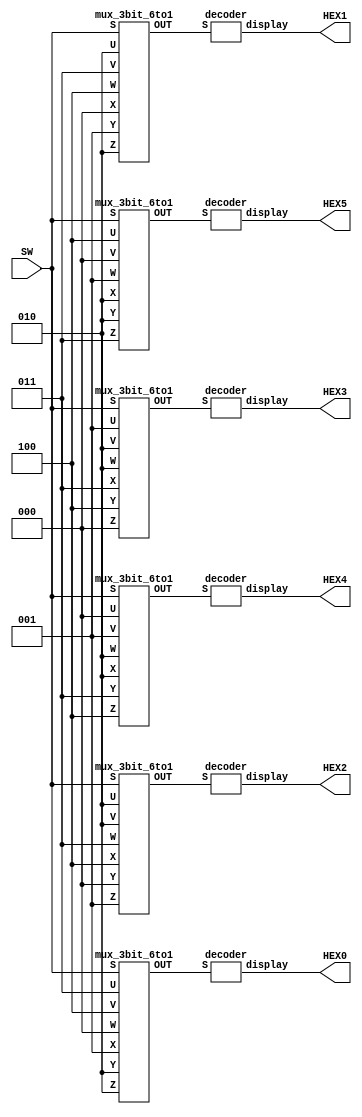
module lab2_5(HEX0, HEX1, HEX2, HEX3, HEX4, HEX5, SW);
	output[6:0] HEX0, HEX1, HEX2, HEX3, HEX4, HEX5;
	input [2:0] SW;
	wire[2:0] h0, h1, h2, h3, h4, h5;
	
	mux_3bit_6to1 m0(h0, SW, 3'b011, 3'b100, 3'b000, 3'b001, 3'b010, 3'b010);
	mux_3bit_6to1 m1(h1, SW, 3'b010, 3'b011, 3'b100, 3'b000, 3'b001, 3'b010);
	mux_3bit_6to1 m2(h2, SW, 3'b010, 3'b010, 3'b011, 3'b100, 3'b000, 3'b001);
	mux_3bit_6to1 m3(h3, SW, 3'b001, 3'b010, 3'b010, 3'b011, 3'b100, 3'b000);
	mux_3bit_6to1 m4(h4, SW, 3'b000, 3'b001, 3'b010, 3'b010, 3'b011, 3'b100);
	mux_3bit_6to1 m5(h5, SW, 3'b100, 3'b000, 3'b001, 3'b010, 3'b010, 3'b011);
	
	
	decoder d0(HEX0, h0);
	decoder d1(HEX1, h1);
	decoder d2(HEX2, h2);
	decoder d3(HEX3, h3);
	decoder d4(HEX4, h4);
	decoder d5(HEX5, h5);
	
	
endmodule

module mux_3bit_6to1(OUT, S, U, V, W, X, Y, Z);
	input[2:0] S;
	input [2:0] U, V, W, X, Y, Z;
	output[2:0] OUT;
	wire [2:0] A, B, C, D, E;
	mux m1(A, U, V, S[0]);
	mux m2(B, W, X, S[0]);
	mux m3(C, A, B, S[1]);
	mux m4(D, Y, Z, S[0]);
	mux m5(E, D, Z, S[1]);
	mux m6(OUT, C, E, S[2]);
endmodule 

module mux(M, X, Y, S);
	input[2:0] X, Y;
	input S;
	output[2:0] M;
	assign M = {{3{~S}}&X}|{{3{S}}&Y};
endmodule

module decoder(display, S);
	output[6:0] display;
	input[2:0] S;
	parameter H = 7'b0001001, E = 7'b0000110, L = 7'b1000111, O = 7'b1000000, B = 7'b1111111;
	wire[6:0] X, Y, Z;
	
	assign X = {{7{~S[0]}}&H}|{{7{S[0]}}&E};
	assign Y = {{7{~S[0]}}&L}|{{7{S[0]}}&O};
	assign Z = {{7{~S[1]}}&X}|{{7{S[1]}}&Y};
	assign display = {{7{~S[2]}}&Z}|{{7{S[2]}}&B};
endmodule